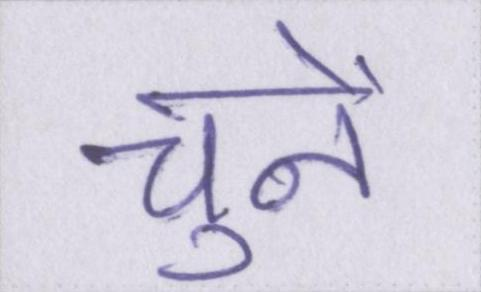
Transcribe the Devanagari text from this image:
चुनें